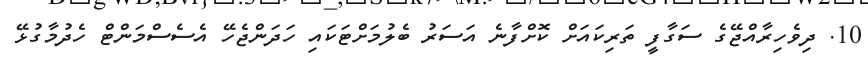
10. ދިވެހިރާއްޖޭގެ ސަގާފީ ތަރިކައަށް ކޮށްފާނެ އަސަރު ބެލުމަށްޓަކައި ހަދަންޖެހޭ އެސެސްމަންޓް ހެދުމާގުޅޭ